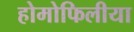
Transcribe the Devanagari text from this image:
होमोफिलीया